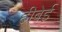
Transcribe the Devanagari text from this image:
हीबेई